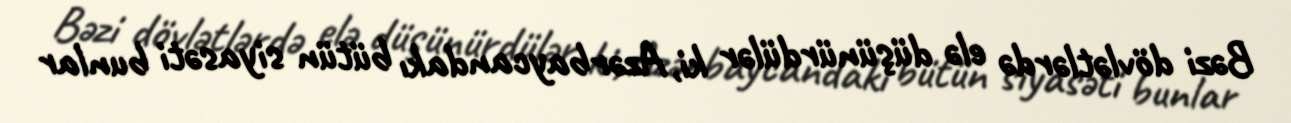
Bəzi dövlətlərdə elə düşünürdülər ki, Azərbaycandakı bütün siyasəti bunlar